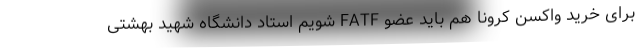
برای خرید واکسن کرونا هم باید عضو FATF شویم استاد دانشگاه شهید بهشتی